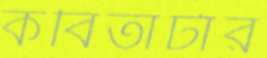
কবিতাটার